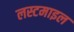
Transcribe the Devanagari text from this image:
लस्टमाइल